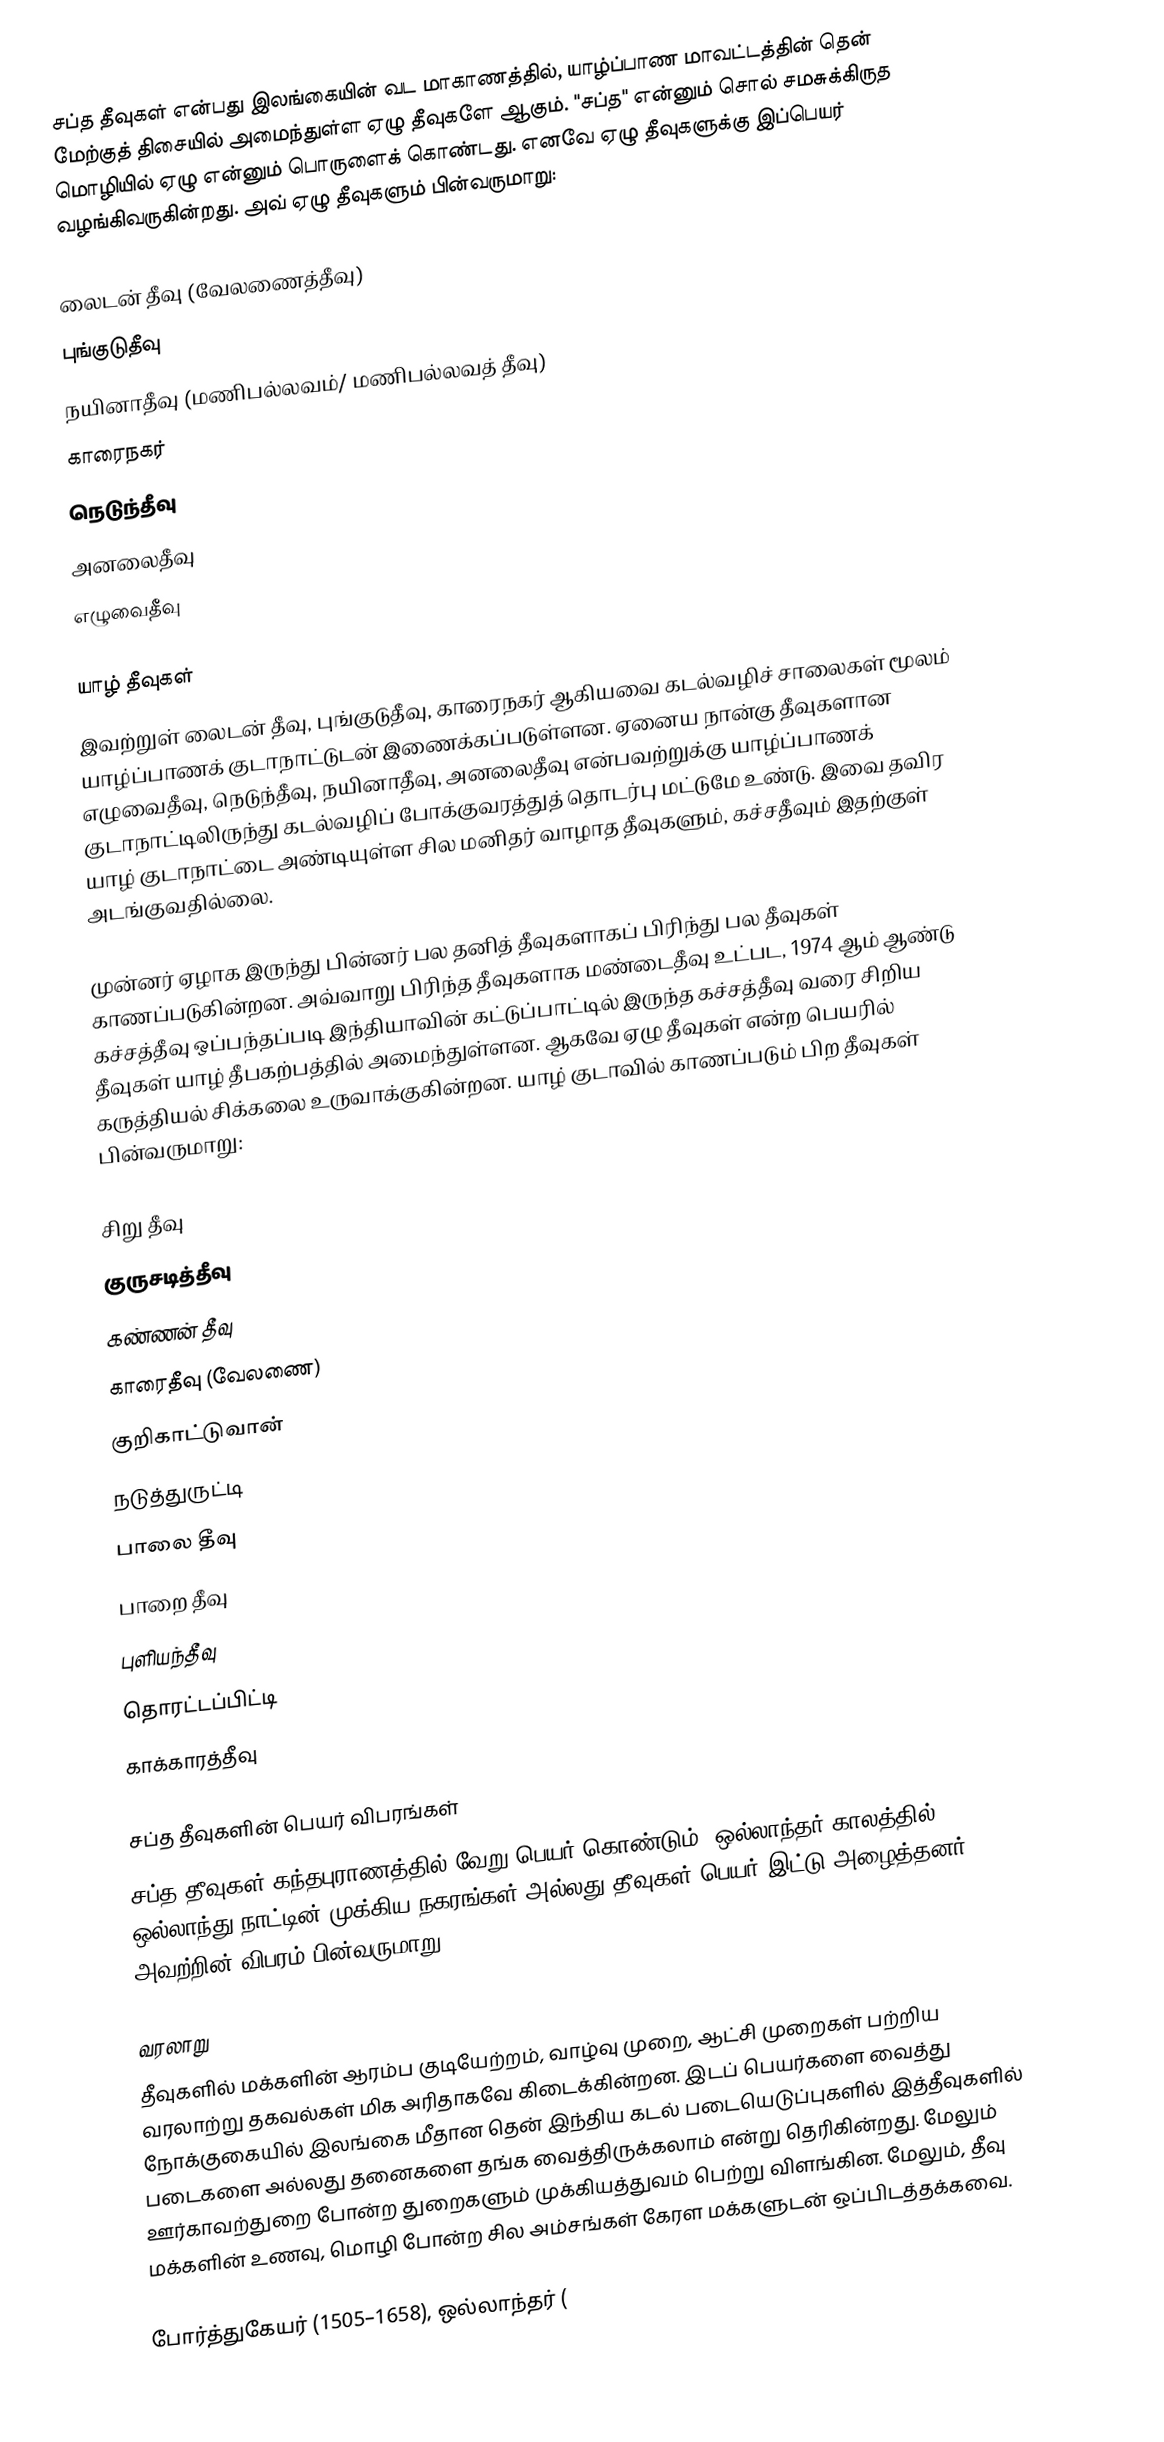
சப்த தீவுகள் என்பது இலங்கையின் வட மாகாணத்தில், யாழ்ப்பாண மாவட்டத்தின் தென் மேற்குத் திசையில் அமைந்துள்ள ஏழு தீவுகளே ஆகும். "சப்த" என்னும் சொல் சமசுக்கிருத மொழியில் ஏழு என்னும் பொருளைக் கொண்டது. எனவே ஏழு தீவுகளுக்கு இப்பெயர் வழங்கிவருகின்றது. அவ் ஏழு தீவுகளும் பின்வருமாறு:

லைடன் தீவு (வேலணைத்தீவு)
புங்குடுதீவு
நயினாதீவு (மணிபல்லவம்/ மணிபல்லவத் தீவு)
காரைநகர்
நெடுந்தீவு
அனலைதீவு
எழுவைதீவு

யாழ் தீவுகள்
இவற்றுள் லைடன் தீவு, புங்குடுதீவு, காரைநகர் ஆகியவை கடல்வழிச் சாலைகள் மூலம் யாழ்ப்பாணக் குடாநாட்டுடன் இணைக்கப்படுள்ளன. ஏனைய நான்கு தீவுகளான எழுவைதீவு, நெடுந்தீவு, நயினாதீவு, அனலைதீவு என்பவற்றுக்கு யாழ்ப்பாணக் குடாநாட்டிலிருந்து கடல்வழிப் போக்குவரத்துத் தொடர்பு மட்டுமே உண்டு. இவை தவிர யாழ் குடாநாட்டை அண்டியுள்ள சில மனிதர் வாழாத தீவுகளும், கச்சதீவும் இதற்குள் அடங்குவதில்லை.

முன்னர் ஏழாக இருந்து பின்னர் பல தனித் தீவுகளாகப் பிரிந்து பல தீவுகள் காணப்படுகின்றன. அவ்வாறு பிரிந்த தீவுகளாக மண்டைதீவு உட்பட, 1974 ஆம் ஆண்டு  கச்சத்தீவு ஒப்பந்தப்படி இந்தியாவின் கட்டுப்பாட்டில் இருந்த கச்சத்தீவு வரை சிறிய தீவுகள் யாழ் தீபகற்பத்தில் அமைந்துள்ளன. ஆகவே ஏழு தீவுகள் என்ற பெயரில் கருத்தியல் சிக்கலை உருவாக்குகின்றன. யாழ் குடாவில் காணப்படும் பிற தீவுகள் பின்வருமாறு:

 சிறு தீவு
 குருசடித்தீவு 
 கண்ணன் தீவு
 காரைதீவு (வேலணை)
 குறிகாட்டுவான்
 நடுத்துருட்டி
 பாலை தீவு
 பாறை தீவு
 புளியந்தீவு
 தொரட்டப்பிட்டி
 காக்காரத்தீவு

சப்த தீவுகளின் பெயர் விபரங்கள்
சப்த தீவுகள் கந்தபுராணத்தில் வேறு பெயர் கொண்டும், ஒல்லாந்தர் காலத்தில் ஒல்லாந்து நாட்டின் முக்கிய நகரங்கள் அல்லது தீவுகள் பெயர் இட்டு அழைத்தனர்.  அவற்றின் விபரம் பின்வருமாறு:

வரலாறு
தீவுகளில் மக்களின் ஆரம்ப குடியேற்றம், வாழ்வு முறை, ஆட்சி முறைகள் பற்றிய வரலாற்று தகவல்கள் மிக அரிதாகவே கிடைக்கின்றன.  இடப் பெயர்களை வைத்து நோக்குகையில் இலங்கை மீதான தென் இந்திய கடல் படையெடுப்புகளில் இத்தீவுகளில் படைகளை அல்லது தனைகளை தங்க வைத்திருக்கலாம் என்று தெரிகின்றது.  மேலும் ஊர்காவற்துறை போன்ற துறைகளும் முக்கியத்துவம் பெற்று விளங்கின.  மேலும், தீவு மக்களின் உணவு, மொழி போன்ற சில அம்சங்கள் கேரள மக்களுடன் ஒப்பிடத்தக்கவை.

போர்த்துகேயர் (1505–1658), ஒல்லாந்தர் (